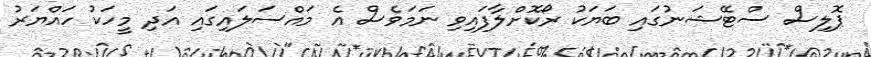
ޕޮލިސް ސްޓޭޝަނުގައި ބަޔަކު ރޯކޮށްލާފައިވި ނަމަވެސް އެ މައްސަލައިގައި އަދި މީހަކު ހައްޔަރު